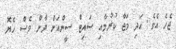
ޖެހެ އެވެ. އަދި މަޖާ ކުރުމާއި ސައިޓް ސީންއަށް ދާން ވެސް ހެޔޮ